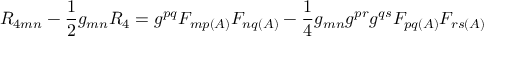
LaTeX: R _ { 4 m n } - \frac { 1 } { 2 } g _ { m n } R _ { 4 } = g ^ { p q } F _ { m p ( A ) } F _ { n q ( A ) } - \frac { 1 } { 4 } g _ { m n } g ^ { p r } g ^ { q s } F _ { p q ( A ) } F _ { r s ( A ) }